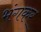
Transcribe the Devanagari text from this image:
भंगकर